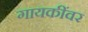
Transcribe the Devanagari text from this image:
गायकींवर